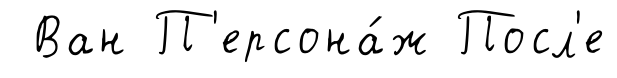
Ван П'ерсона́ж Посл'е